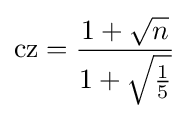
{\text{cz}}={\frac {1+{\sqrt {n}}}{1+{\sqrt {\frac {1}{5}}}}}